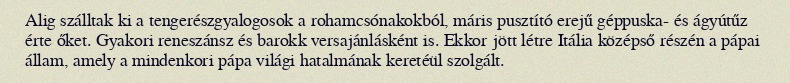
Alig szálltak ki a tengerészgyalogosok a rohamcsónakokból, máris pusztító erejű géppuska- és ágyútűz érte őket. Gyakori reneszánsz és barokk versajánlásként is. Ekkor jött létre Itália középső részén a pápai állam, amely a mindenkori pápa világi hatalmának keretéül szolgált.